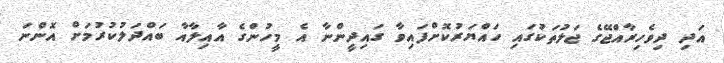
އަދި ދިވެހިރާއްޖޭގެ ޖަލުތަކުގައި ހައްޔަރުކޮށްފައިވާ ގައިދީންނާ އެ މީހުންގެ އާއިލާއާ ބައްދަލުކުރުމަށް އޮންނަ